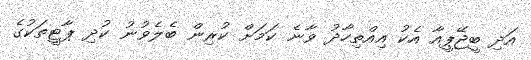
އަދި ބީޖޭޕީއާ އެކު އިއްތިހާދު ވާނެ ކަމަށް ކުރިން ބެލެވުނު ކުދި ޕާޓީތަކުގެ